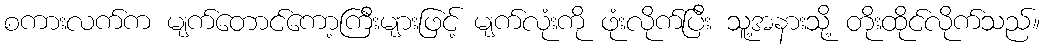
စကားလက်က မျက်တောင်ကော့ကြီးများဖြင့် မျက်လုံးကို ဖုံးလိုက်ပြီး သူ့အနားသို့ တိုးထိုင်လိုက်သည်။